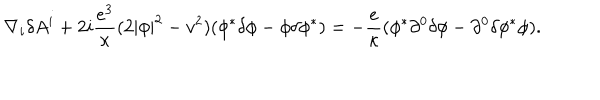
\nabla _ { i } \delta A ^ { i } + 2 i { \frac { e ^ { 3 } } { \kappa } } ( 2 | \phi | ^ { 2 } - v ^ { 2 } ) ( \phi ^ { * } \delta \phi - \phi \delta \phi ^ { * } ) = - { \frac { e } { \kappa } } ( \phi ^ { * } \partial ^ { 0 } \delta \phi - \partial ^ { 0 } \delta \phi ^ { * } \phi ) .